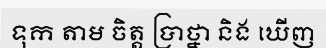
ទុក តាម ចិត្ត ប្រាថ្នា និង ឃើញ